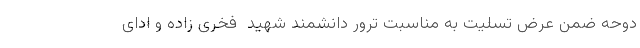
دوحه ضمن عرض تسلیت به مناسبت ترور دانشمند شهید  فخری زاده و ادای